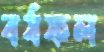
বর্ষফল